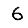
Digit: 6